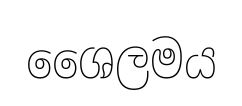
ශෛලමය